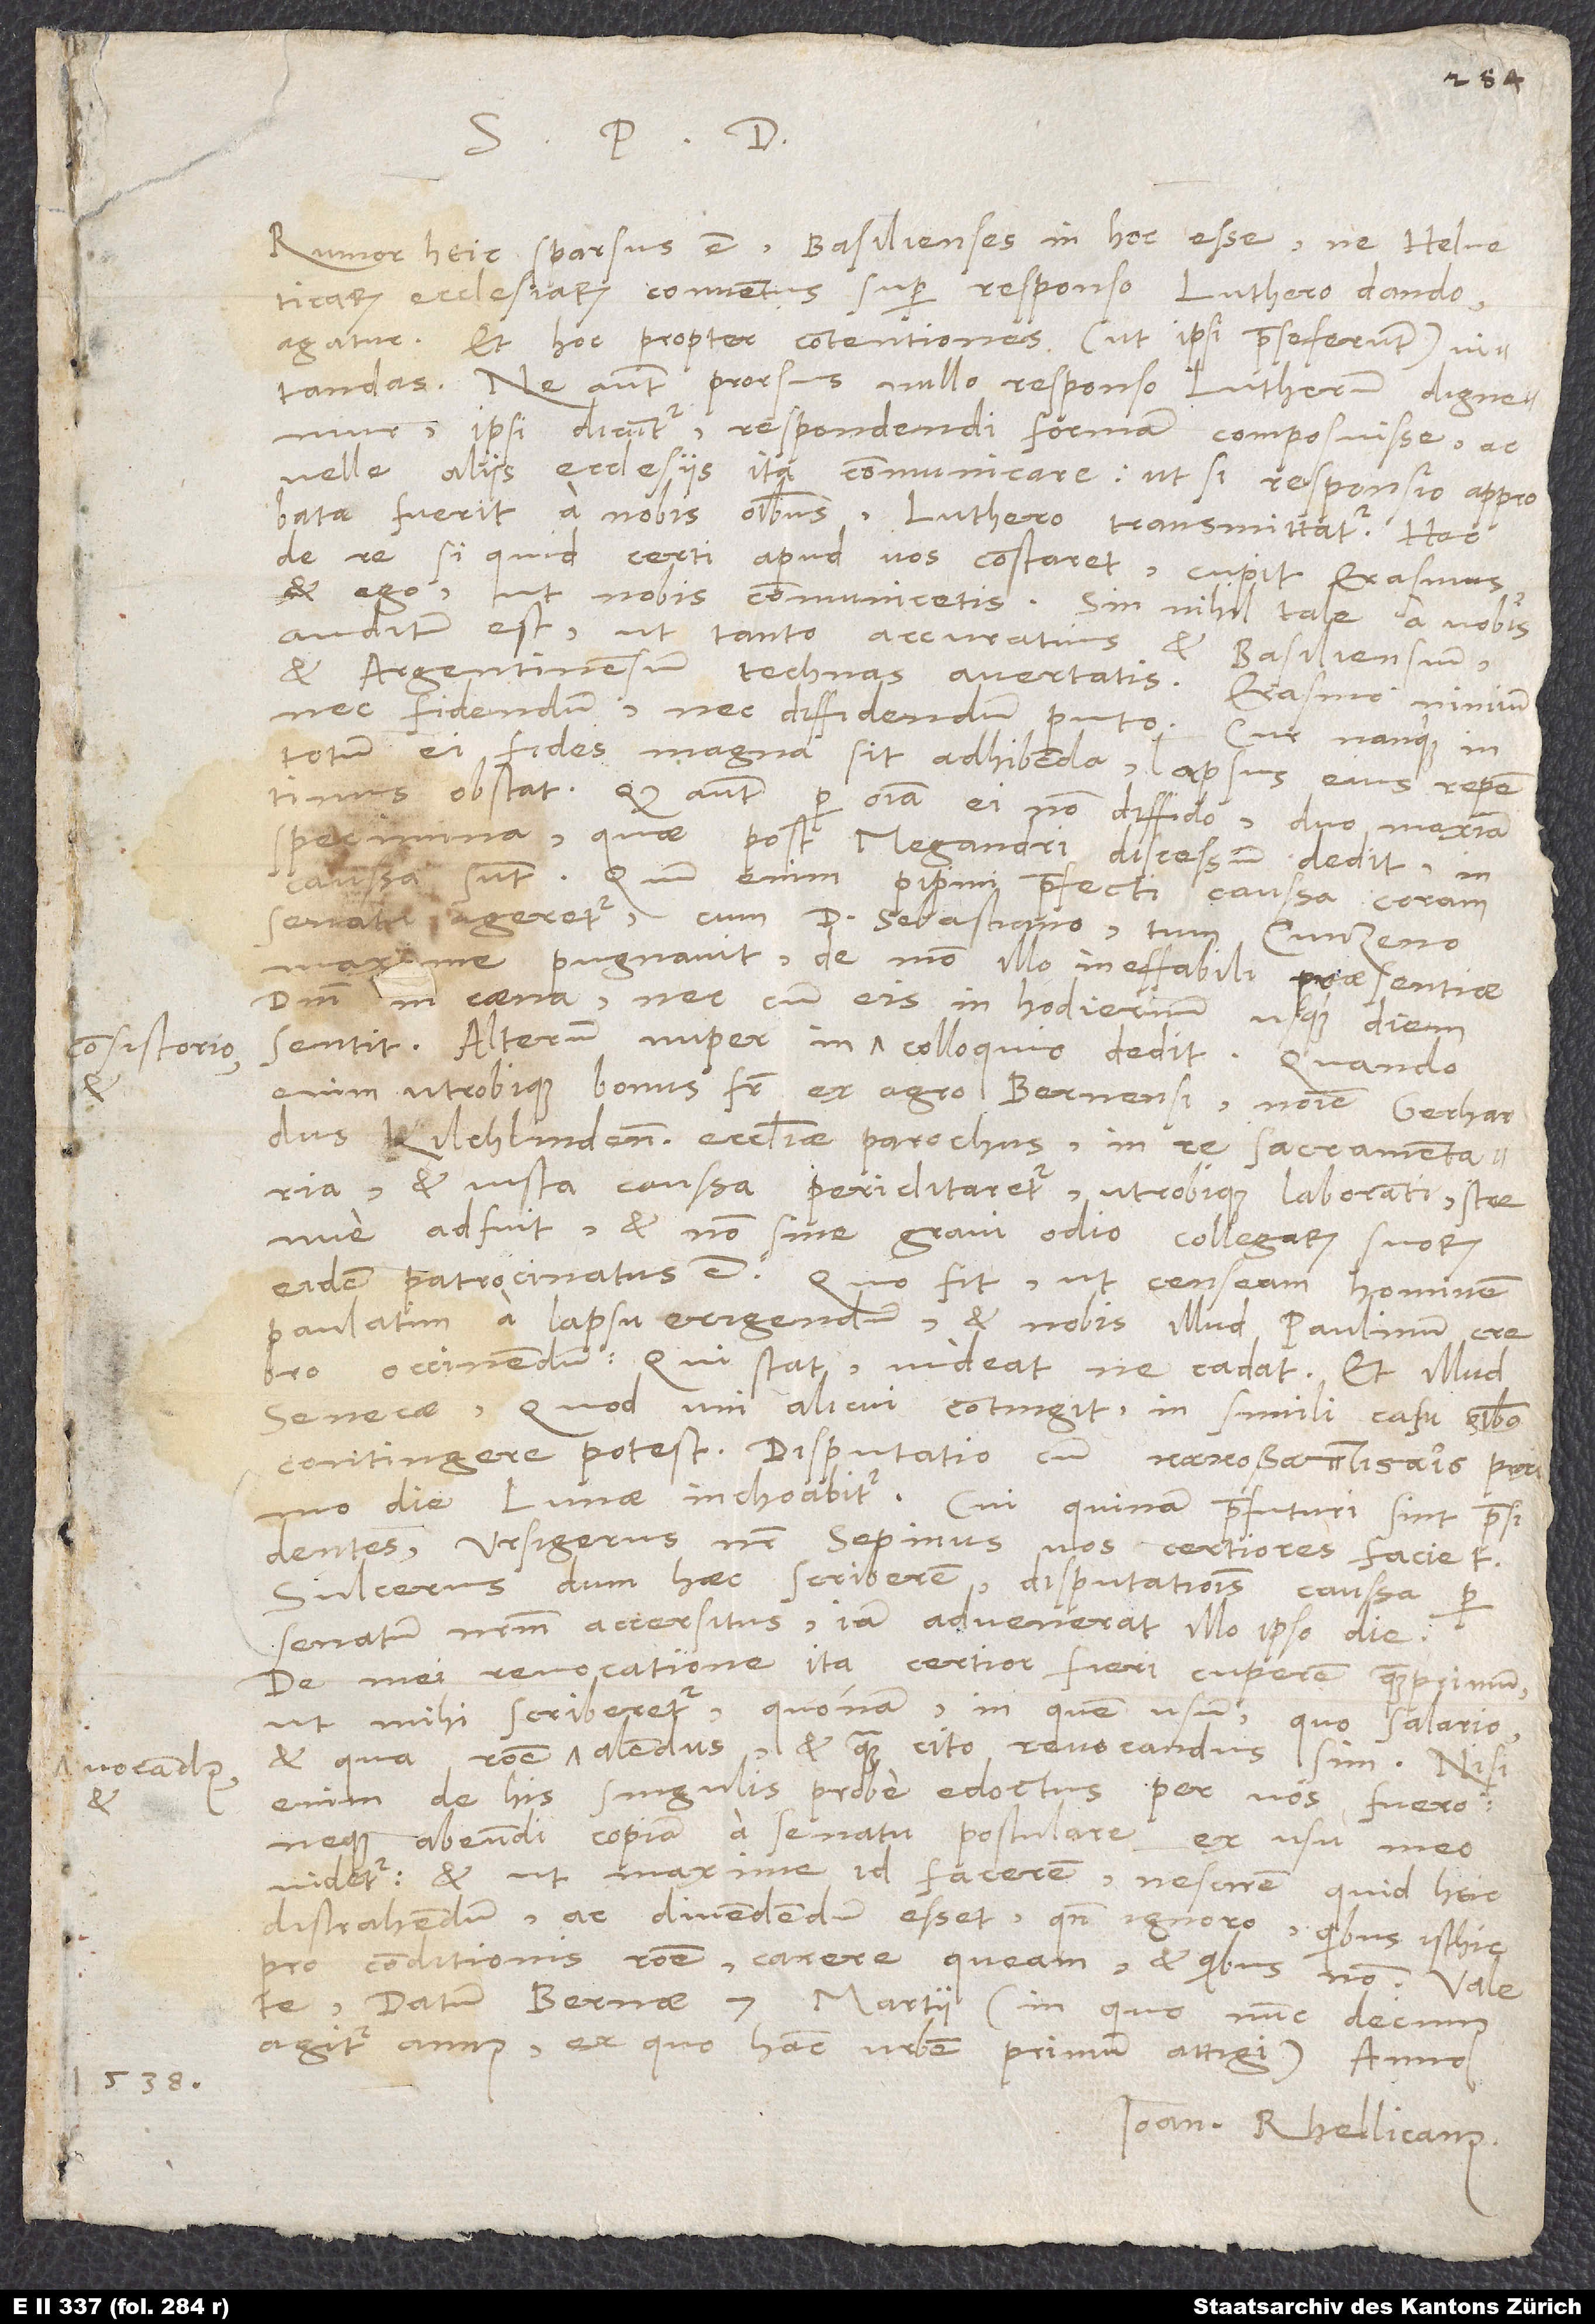
1538.

Rumor heic sparsus est Basilienses in hoc esse, ne Helveticarum
ecclesiarum conventus super responso Luthero dando
agatur, et hoc propter contentiones (ut ipsi prae se ferunt) vitandas.
Ne autem prorsus nullo responso Lutherum dignemur,
ipsi dicuntur respondendi formam composuisse ac
velle aliis ecclesiis ita communicare, ut, si responsio approbata
fuerit a nobis omnibus, Luthero transmittatur. Hac
de re si quid certi apud vos constaret, cupit Erasmus
ego, ut nobis communicetis, sin nihil tale a vobis
auditum est, ut tanto accuratius et Basiliensium
et Argentinensium technas avertatis. Erasmo nimirum
nec fidendum nec diffidendum puto. Cur nanque in
totum ei fides magna sit adhibenda, lapsus eius repentinus
obstat. Quod autem per omnia ei non diffido, duo maxima
specimina, quae post Megandri discessum dedit, in
caussa sunt. Quum enim Pipini praefecti caussa coram
senatu ageretur, cum doctore Sebastiano tum Cunzeno
maxime pugnavit de modo illo ineffabili praesentiae
domini in coena nec cum eis in hodiernum usque diem
ecclesiae parochus, in re sacramentaria
et iusta caussa periclitaretur, utrobique laboranti strenue
adfuit et non sine gravi odio collegarum suorum
eidem patrocinatus est. Quo fit, ut censeam hominem
paulatim a lapsu erigendum et nobis illud Paulinum crebro
occinendum: „Qui stat, videat, ne cadat“ et illud
Senecae: „Quod uni alicui contingit, in simili casu omnibus
contingere potest.“ Disputatio cum
die lunae inchoabitur. Cui quinam praefuturi sint praesidentes,
ursigerus noster Sepinus vos certiores faciet.
Sulcerus, dum haec scriberem, disputationis caussa per
senatum nostrum accersitus iam advenerat illo ipso die.
De mei revocatione ita certior fieri cuperem quamprimum,
ut mihi scriberetur, quonam, in quem usum, quo salario
et qua ratione vocandus et alendus et quam cito revocandus sim. Nisi
enim de his singulis probe edoctus per vos fuero,
neque abeundi copiam a senatu postulare ex usu meo
videtur, et ut maxime id facerem, nescirem, quid heic
distrahendum ac divendendum esset, quando ignoro, quibus isthic
pro conditionis ratione carere queam et quibus non. Valete.
Datum Bernae, 7. martii (in quo nunc decimus
agitur annus, ex quo hanc urbem primum attigi) anno
Ioan. Rhellicanus.